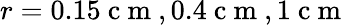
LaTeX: r=0.15\mathrm{~c~m~},0.4\mathrm{~c~m~},1\mathrm{~c~m~}